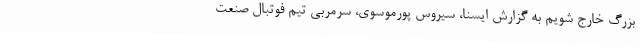
بزرگ خارج شویم به گزارش ایسنا، سیروس پورموسوی، سرمربی تیم فوتبال صنعت